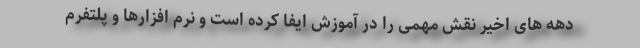
دهه های اخیر نقش مهمی را در آموزش ایفا کرده است و نرم افزارها و پلتفرم